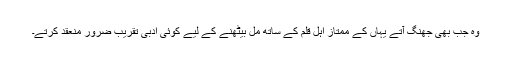
وہ جب بھی جھنگ آتے یہاں کے ممتاز اہل قلم کے ساتھ مل بیٹھنے کے لیے کوئی ادبی تقریب ضرور منعقد کرتے۔